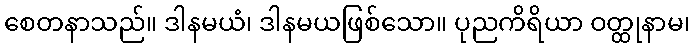
စေတနာသည်။ ဒါနမယံ၊ ဒါနမယဖြစ်သော။ ပုညကိရိယာ ဝတ္ထုနာမ၊